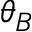
\theta _ { B }